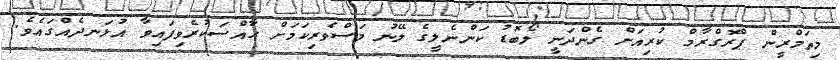
މިތަމްރީން ޕްރޮގްރާމް ކުރިއަށް ގެންދަނީ ލޯބޮޑު ކަންނެލީގެ ލޭނު މަސްވެރިކަމަށް ޙާއްސަކުރެވިފައިވާ އުޅަނދެއްގައެވެ.